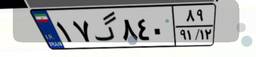
۷۵گ۸۲۸۷۱